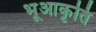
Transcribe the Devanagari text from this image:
भूआकृति